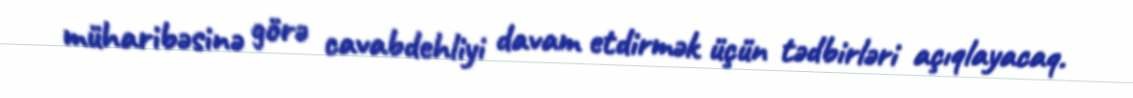
müharibəsinə görə cavabdehliyi davam etdirmək üçün tədbirləri açıqlayacaq.